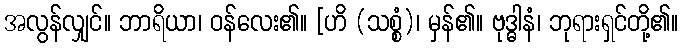
အလွန်လျှင်။ ဘာရိယာ၊ ဝန်လေး၏။ [ဟိ (သစ္စံ)၊ မှန်၏။ ဗုဒ္ဓါနံ၊ ဘုရားရှင်တို့၏။